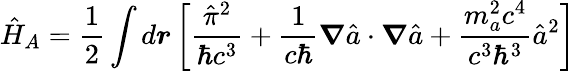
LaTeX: \hat{H}_{A}=\frac{1}{2}\int d\boldsymbol r\left[\frac{\hat{\pi}^{2}}{\hbar c^{3}}+\frac{1}{c\hbar}\boldsymbol\nabla\hat{a}\cdot\boldsymbol\nabla\hat{a}+\frac{m_{a}^{2}c^{4}}{c^{3}\hbar^{3}}\hat{a}^{2}\right]\,